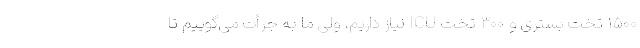
۱۵۰۰ تخت بستری و ۳۰۰ تخت ICU نیاز داریم، ولی ما به جرأت می‌گوییم تا